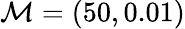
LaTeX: \mathcal{M}=(50,0.01)